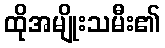
ထိုအမျိုးသမီး၏